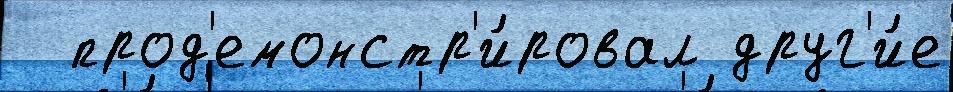
  прод'емонстр'и́ровал друг'и́е